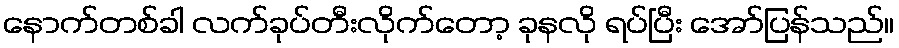
နောက်တစ်ခါ လက်ခုပ်တီးလိုက်တော့ ခုနလို ရပ်ပြီး အော်ပြန်သည်။